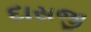
દાસજી